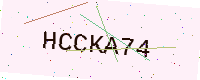
Text: HCCKA74